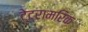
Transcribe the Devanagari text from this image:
टेट्रामरिक